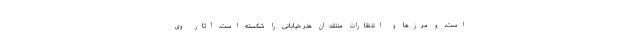
است، و مرزها و انتظارات منتقدان هنر خیابانی را شکسته است. آثار وی